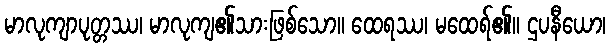
မာလုကျာပုတ္တဿ၊ မာလုကျ၏သားဖြစ်သော။ ထေရဿ၊ မထေရ်၏။ ဌပနီယော၊